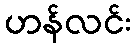
ဟန်လင်း